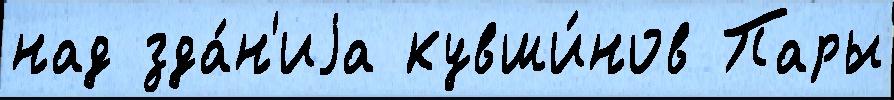
над зда́н'иjа кувши́нов Пары